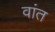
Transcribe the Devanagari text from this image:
वांत